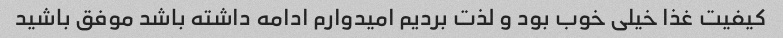
کیفیت غذا خیلی خوب بود و لذت بردیم امیدوارم ادامه داشته باشد موفق باشید